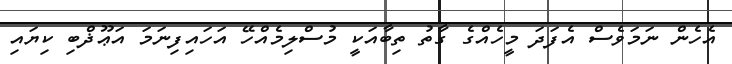
އެހެން ނަމަވެސް އެފަދަ މީހެއްގެ ގާތު ތިބާއަކީ މުސްލިމެއްހޭ އަހައިފިނަމަ އަޢޫޛްބި ކިޔައި